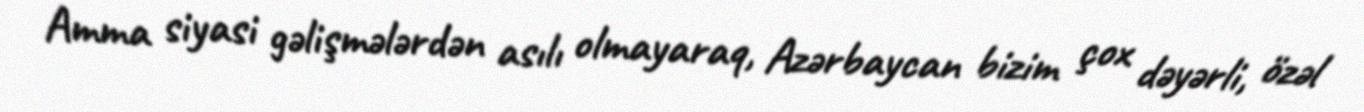
Amma siyasi gəlişmələrdən asılı olmayaraq, Azərbaycan bizim çox dəyərli, özəl